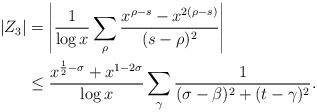
LaTeX: \begin{align*} |Z_3| &= \left| \frac{1}{\log x}\sum_{\rho}\frac{x^{\rho-s}-x^{2(\rho-s)}}{(s-\rho)^2} \right| \\ &\leq \frac{x^{\frac{1}{2}-\sigma}+x^{1-2\sigma}}{\log x} \sum_{\gamma}\frac{1}{(\sigma-\beta)^2+(t-\gamma)^2}. \end{align*}